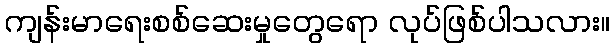
ကျန်းမာရေးစစ်ဆေးမှုတွေရော လုပ်ဖြစ်ပါသလား။